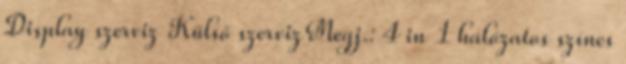
Display szerviz Külső szervizMegj.: 4 in 1 hálózatos színes